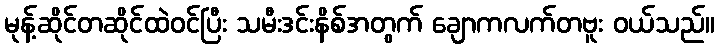
မုန့်ဆိုင်တဆိုင်ထဲဝင်ပြီး သမီးဒင်းနိစ်အတွက် ချောကလက်တဗူး ဝယ်သည်။